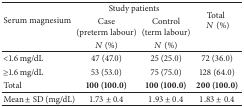
| <ROWSPAN=3> Serum magnesium | <COLSPAN=2> Study patients | <ROWSPAN=3> Total N (%) |
 | Case (preterm labour) | Control (term labour) |
 | N (%) | N (%) |
 | --- | --- | --- | --- |
 | <1.6 mg/dL | 47 (47.0) | 25 (25.0) | 72 (36.0) |
 | ≥1.6 mg/dL | 53 (53.0) | 75 (75.0) | 128 (64.0) |
 | Total | 100 (100.0) | 100 (100.0) | 200 (100.0) |
 | Mean ± SD (mg/dL) | 1.73 ± 0.4 | 1.93 ± 0.4 | 1.83 ± 0.4 |